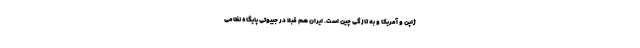
ژاپن و آمریکا و به تازگی چین است. ایران هم قبلا در جیبوتی پایگاه نظامی